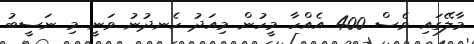
މާލޭގައި ވެސް 400 އެއްހާ މީހުން މިއަދު ހެނދުނު ވަނީ މި ނަސީބު